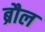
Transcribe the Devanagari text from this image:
ब्रौल